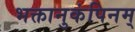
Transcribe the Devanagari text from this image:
भक्तानुकंपिनम्